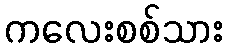
ကလေးစစ်သား